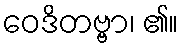
ဝေဒိတဗ္ဗာ၊ ၏။